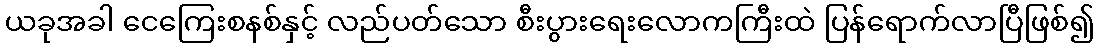
ယခုအခါ ငေကြေးစနစ်နှင့် လည်ပတ်သော စီးပွားရေးလောကကြီးထဲ ပြန်ရောက်လာပြီဖြစ်၍